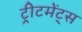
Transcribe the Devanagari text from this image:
ट्रीटमेंट्स